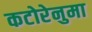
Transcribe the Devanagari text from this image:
कटोरेनुमा